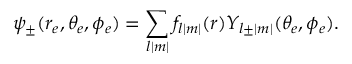
\psi _ { \pm } ( r _ { e } , \theta _ { e } , \phi _ { e } ) = \sum _ { l | m | } f _ { l | m | } ( r ) Y _ { l \pm | m | } ( \theta _ { e } , \phi _ { e } ) .